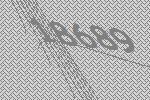
18689